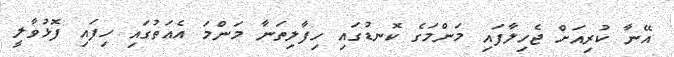
އޭނާ ކުރިއަށް ޖެހިލާފައި މަންމަގެ ކޮނޑުގައި ހިފާލިތަނާ މަންމަ އެއަތުގައި ހިފައި ފޮޅުވާލީ